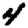
Digit: 4